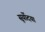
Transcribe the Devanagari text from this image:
सूर्योदया